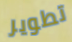
تطوير